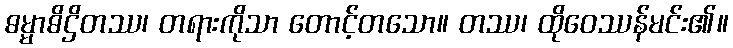
ဓမ္မာဓိဌိတဿ၊ တရားကိုသာ တောင့်တသော။ တဿ၊ ထိုဝေဿန်မင်း၏။